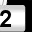
Digit: 2